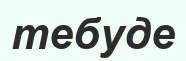
тебуде